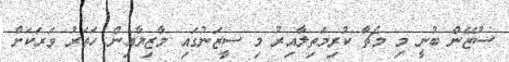
ސުޒޭން ބުނީ މި މެޗާ ކުރިމަތިލާއިރު މި ސީޒަނުގައި މާޒިޔާއިން ހަތަރު ވަރަކަށް